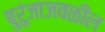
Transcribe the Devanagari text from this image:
बुरुंजाजवळील